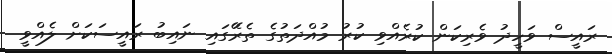
ރައީސް ވަހީދު ވެރިކަން ކުރެއްވި ކުރު މުއްދަތުގެ ތެރޭަގައި ނައިބު ރައީސަކަށް ލެއްވީ